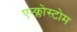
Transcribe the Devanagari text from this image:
एन्क्लोस्टोम